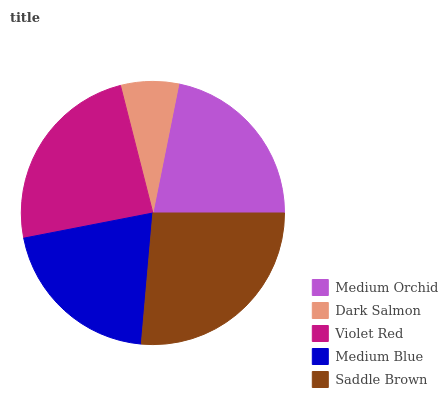
| Medium Orchid | Dark Salmon | Violet Red | Medium Blue | Saddle Brown |
 | --- | --- | --- | --- | --- |
 | 21.8% | 7.12% | 24.1% | 20.6% | 26.4% |